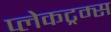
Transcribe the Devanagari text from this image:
प्लेकट्रम्स